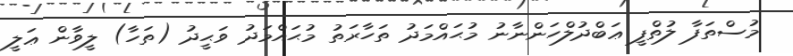
މުސްތަފާ ލުތްފީ ޢަބްދުލްހަންނާނު މުޙައްމަދު ތަހާރަތު މުޙައްމަދު ވަޙީދު (ތަހާ) ލީވާން ޢަލީ